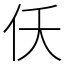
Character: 仸